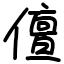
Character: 儃